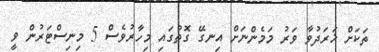
ތަކަށް ޚަރަދުވާ ވަރު މަމެންނަށް އިނގޭ ގޮތުގައި މިހާރުވެސް 5 މިނިސްޓަރުން ވީ